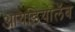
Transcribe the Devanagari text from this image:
आयडियालॅब